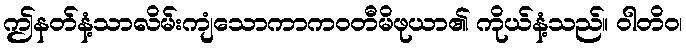
ဤနတ်နံ့သာလိမ်းကျံသောကာကဝတီမိဖုယာ၏ ကိုယ်နံ့သည်။ ဝါတိဝ၊